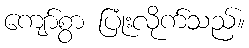
ကျော်စွာ ပြုံးလိုက်သည်။